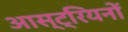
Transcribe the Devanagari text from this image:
आस्ट्रियनों